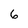
Character: 6